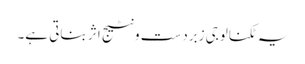
یہ ٹکنالوجی زبردست ونٹیج اثر بناتی ہے۔